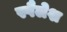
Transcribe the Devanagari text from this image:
स्पैलेश